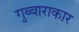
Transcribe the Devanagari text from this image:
गुब्बाराकार